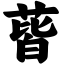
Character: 蒈